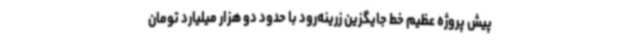
پیش پروژه عظیم خط جایگزین زرینه‌رود با حدود دو هزار میلیارد تومان